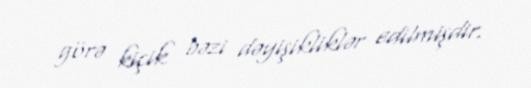
görə kiçik bəzi dəyişikliklər edilmişdir.